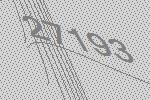
27193